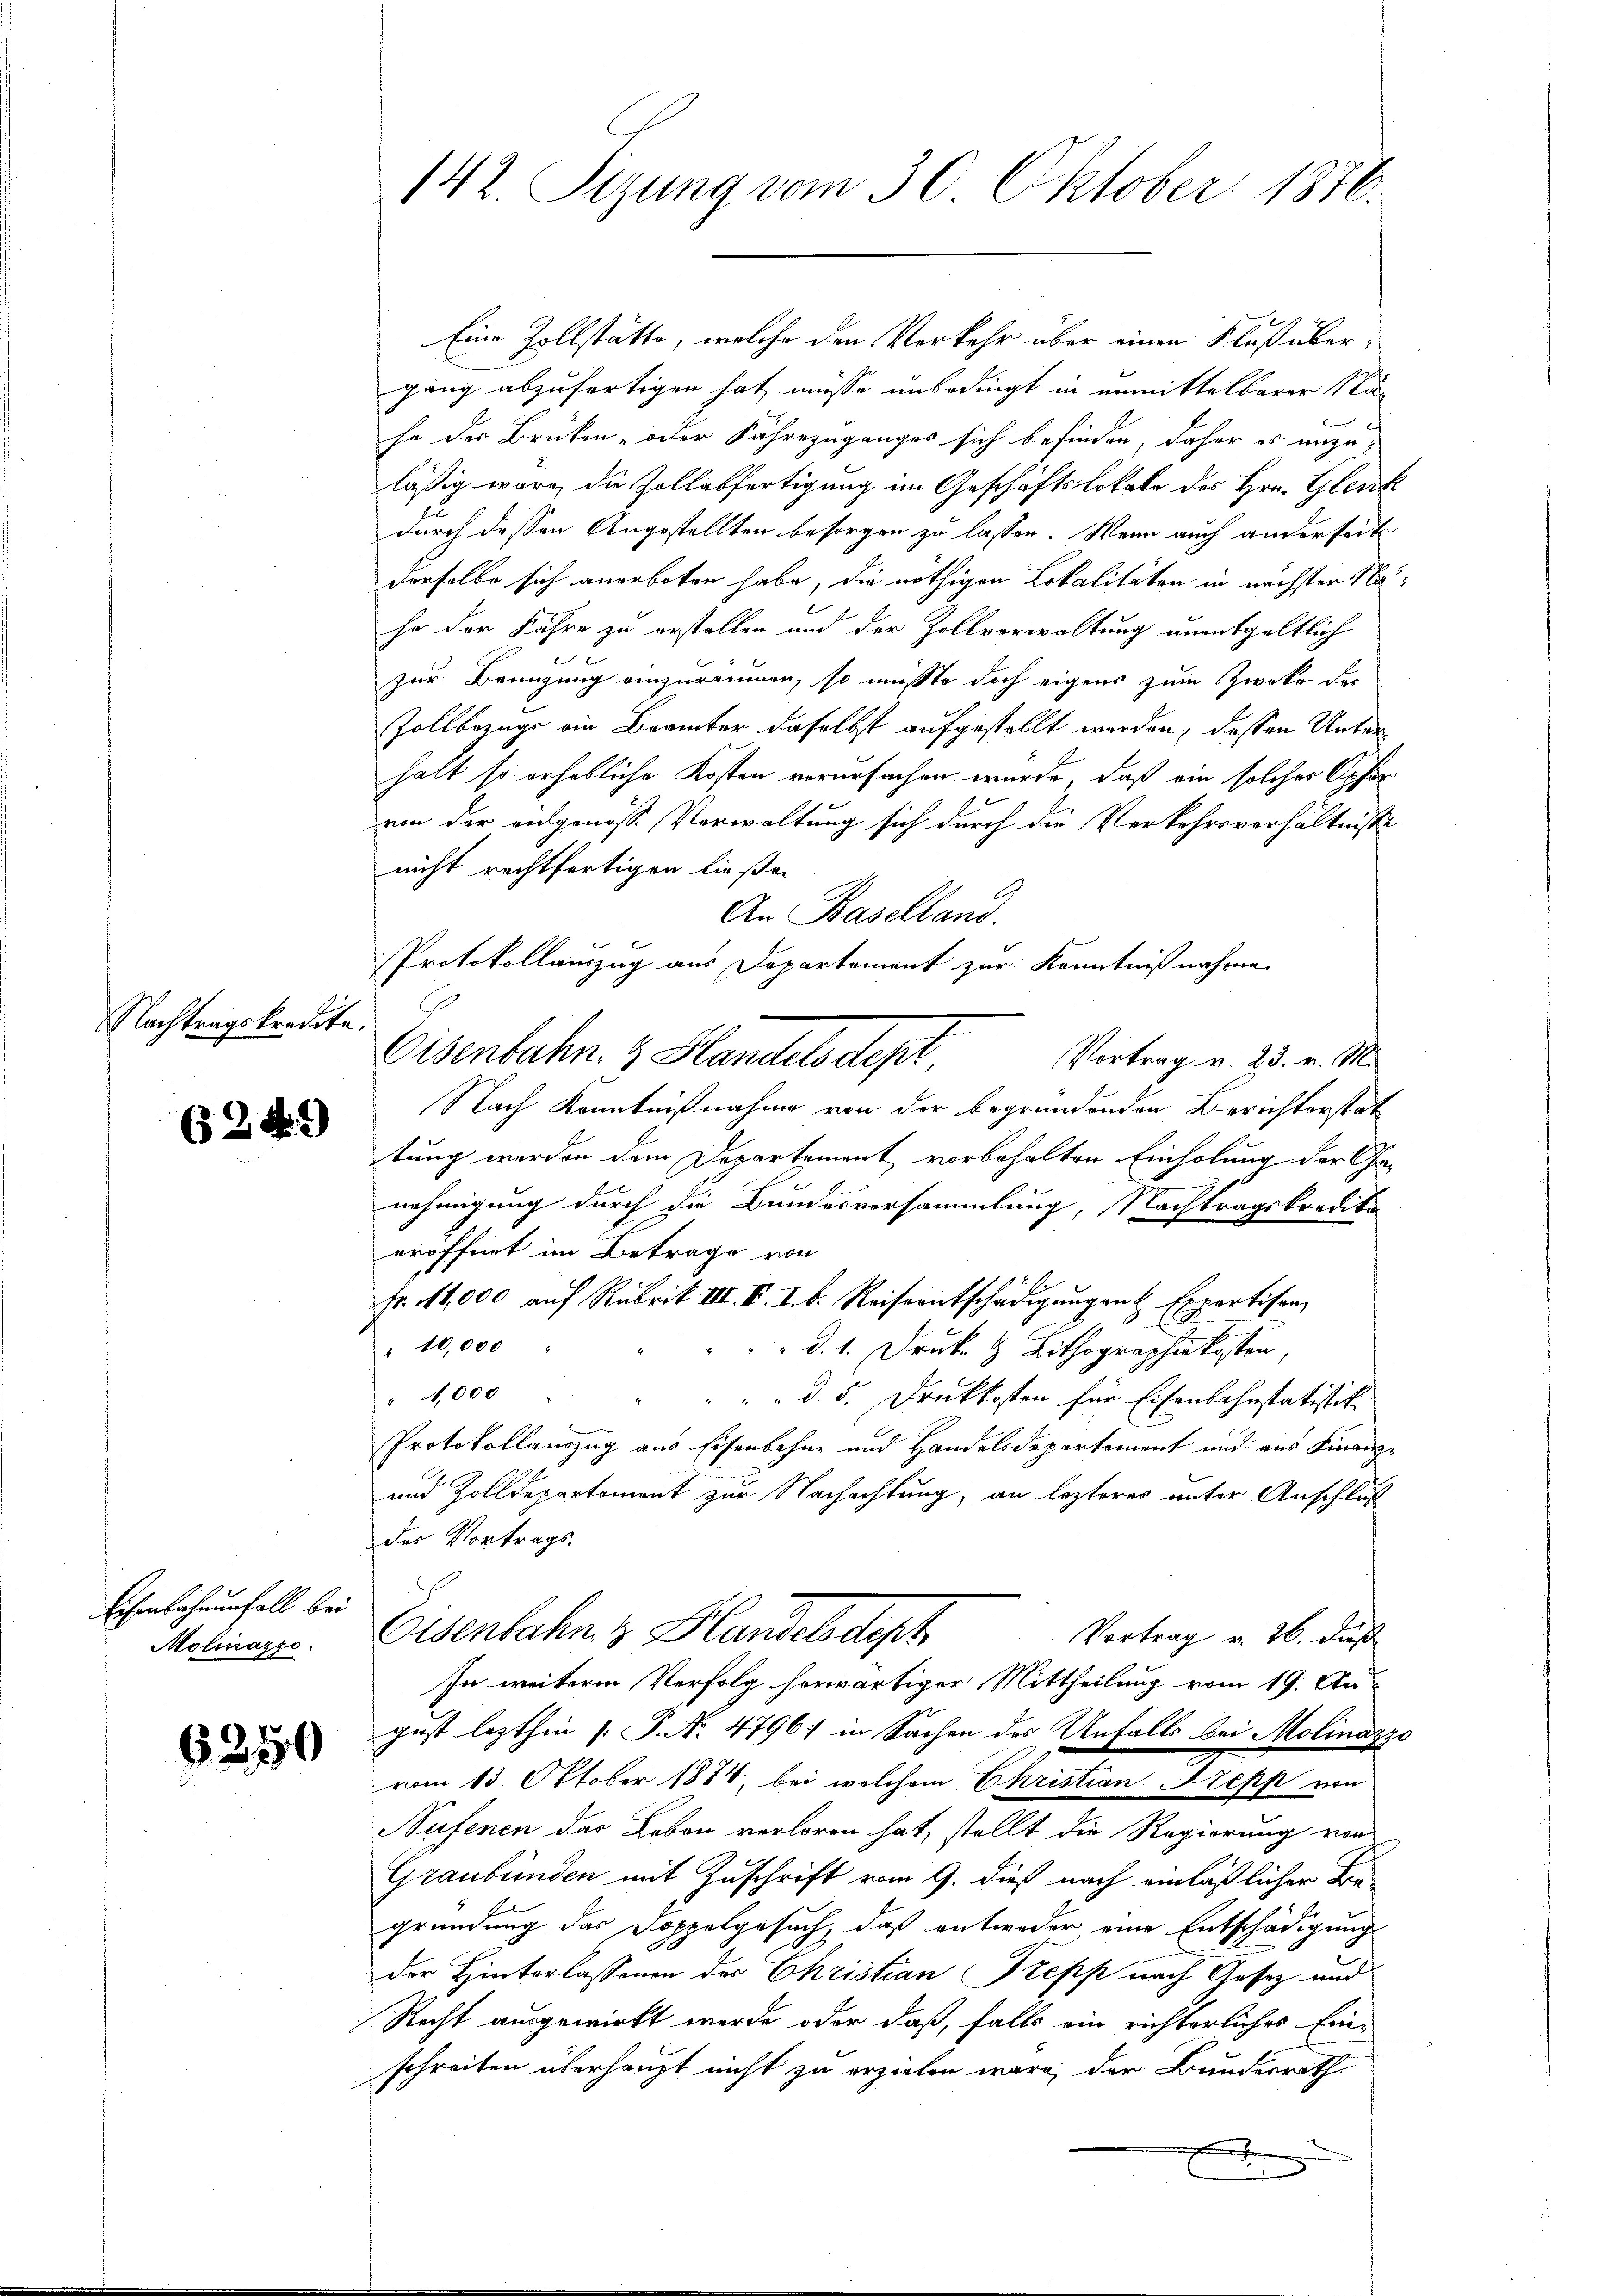
Nachtragskredite.

635. 9

Eichenbahnenfall bei
Molinazzo.

6250

142. Sizung vom 30. Oktober 1876.

Eine Zollstätte, welche den Verkehr über einen Fluß übergang abzufertigen hat, müsse unbedingt in unmittelbarer Na-
he des Brüken- oder Fährezuganges sich befinden, daher es anzu-
läßig wäre, die Zollabfertigung im Geschäftslokale des Hrn. Glent
durch dessen Angestellten besorgen zu lassen. Wenn auch anderseit
derselbe sich anerboten habe, die nöthigen Lokalitäten in nächsten Nahe der Fahre zu erstellen und der Zollverwaltung unentgeltlich
2
zur Brünzung anzuräumen, so müsste doch eigens zum Zweke des
Zollbezugs ein Beamter daselbst aufgestellt werden, dessen Unterhalt so erhebliche Kosten verursachen wurde, daß ein solcher Opfer
von der angenosse Verwaltung sich durch die Verkehrsverhältnisse
nicht rechtfertigen ließen
An Baselland.
Protokollauszug aus Dopartement zur Kenntnißnahme
Osenbahn. & Handels dept
Vortrag v. 23. v. M.
Nach Kenntnißnahme von der begründenden Berichterstat
tung werden dem Departement vorbehalten Einholung der Ca-
1.
nehmigung durch die Bunderversammlung, Nachtragskredita
eröffnet im Betrage von
Fr. 11,000 auf Rubrik III. B. I. b. Reiseentschädigungen Expertisen,
" 10,000
 d. 1. Druk & Lithographie kosten,
" 4,000
" " " " d. 5. Druckkosten für Eisenbahnstatistik.
Protokollauszug aus Eisenbahne und Handelsdepartement und aus Finanz-
und Zolldepartement zur Nachachtung, an lezteres unter Anschluß
des Vortrags,
Eisenbahn & Blandelsdept
Vortrag v. 26. dieß
In weiterm Verfolg herwärtiger Mittheilung vom 19. August lezthin (: P. N. 4796) in Sachen des Unfalls bei Molinazz
vom 13. Oktober 1874 bei welchem Christian Trepp von
Sufenen das Leben verloren hat, stellt die Regierung von
Graubünden mit Zuschrift vom 9. dieß nach einläßlicher Be-
gründung des Doppelgesuch, daß entweder eine Entschädigung
der Hinterlassenen des Christian Trepp nach Gosez und
Recht ausgewirkt werde, oder daß, falls ein richterliches Ein-
schreiten überhaupt nicht zu erzielen wäre, der Bundesrath